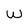
Character: w